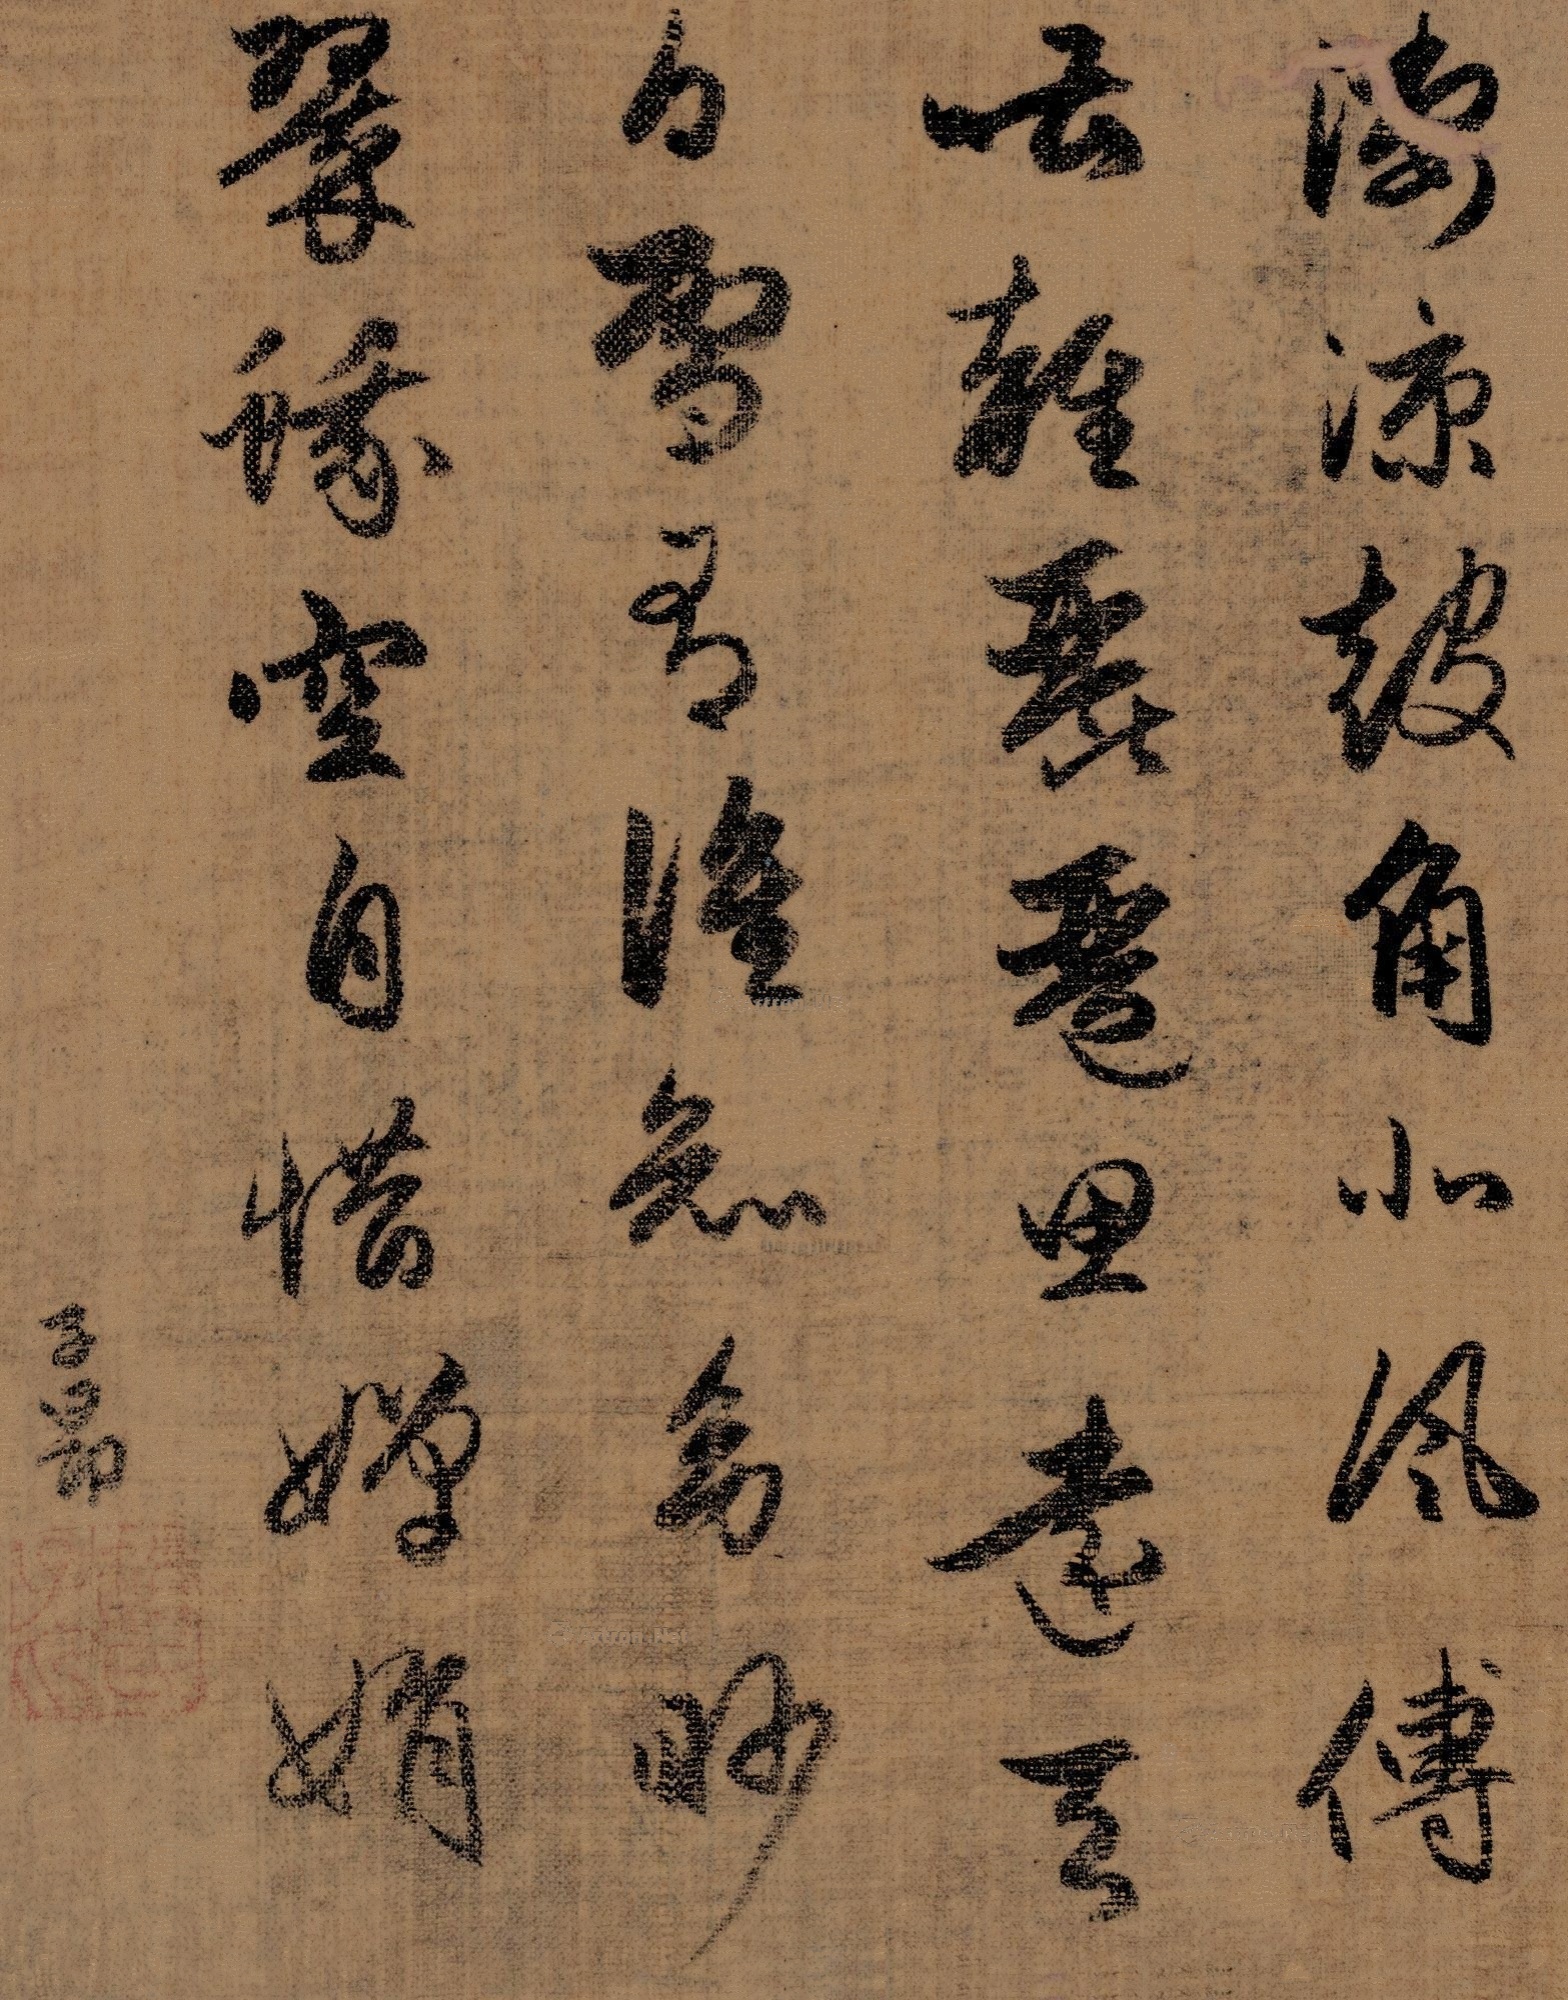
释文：凄凉鼓角北风传，嘈杂琵琶思远天。白雪有谁知幼眇，翠蛾空自惜婵娟。子昂